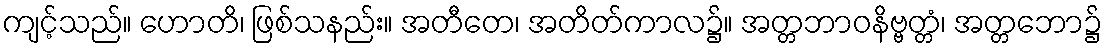
ကျင့်သည်။ ဟောတိ၊ ဖြစ်သနည်း။ အတီတေ၊ အတိတ်ကာလ၌။ အတ္တဘာဝနိဗ္ဗတ္တံ၊ အတ္တဘော၌